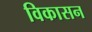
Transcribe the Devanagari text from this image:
विकासन